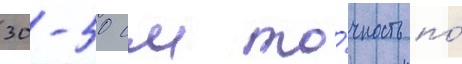
30-50 см то́чность по́